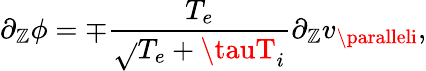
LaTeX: \partial_{\mathbb{Z}}\phi=\mp\frac{{T_{e}}}{{\sqrt{}{{T_{e}+\tauT_{i}}}}}\partial_{\mathbb{Z}}v_{\paralleli},